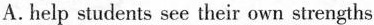
A.help students see their own strengths